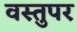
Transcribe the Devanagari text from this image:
वस्तुपर